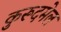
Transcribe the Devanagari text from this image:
कुरूदमेल